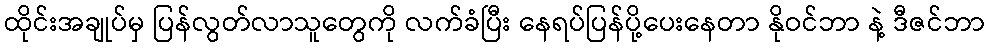
ထိုင်းအချုပ်မှ ပြန်လွတ်လာသူတွေကို လက်ခံပြီး နေရပ်ပြန်ပို့ပေးနေတာ နိုဝင်ဘာ နဲ့ ဒီဇင်ဘာ